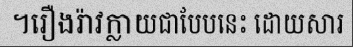
។រឿងរ៉ាវក្លាយជាបែបនេះ ដោយសារ